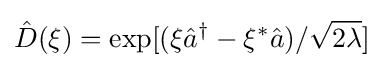
{\hat {D}}(\xi )=\exp[(\xi {\hat {a}}^{\dagger }-\xi ^{*}{\hat {a}})/{\sqrt {2\lambda }}]